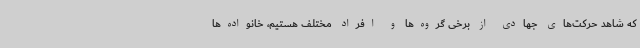
که شاهد حرکت‌های جهادی از برخی گروه‌ها و افراد مختلف هستیم، خانواده‌ها